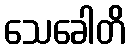
သေခေါတိ